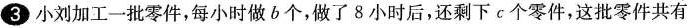
3 小刘加工一批零件，每小时做b个，做了8小时后，还剩下c个零件，这批零件共有